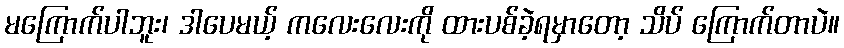
မကြောက်ပါဘူး၊ ဒါပေမယ့် ကလေးလေးကို ထားပစ်ခဲ့ရမှာတော့ သိပ် ကြောက်တာပဲ။